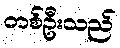
တစ်ဦးသည်